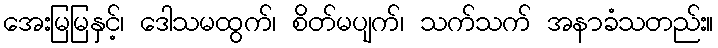
အေးမြမြနှင့်၊ ဒေါသမထွက်၊ စိတ်မပျက်၊ သက်သက် အနာခံသတည်း။